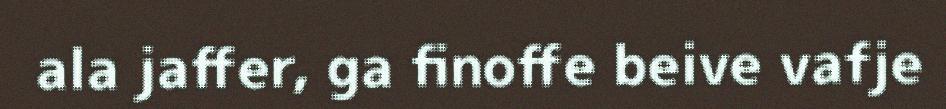
ala jaffer, ga finoffe beive vafje